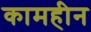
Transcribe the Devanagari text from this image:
कामहीन